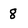
Character: 8